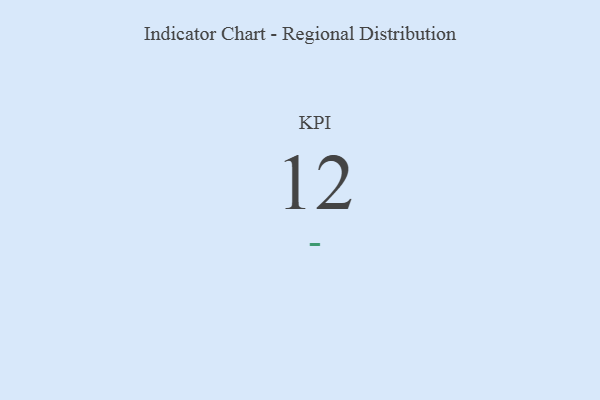
{"axis": {"x": "KPI", "y": "Value"}, "legend": [""], "data": [{"x": "KPI", "y": 12, "type": ""}]}